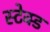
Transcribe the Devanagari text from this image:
स्टेक्ड